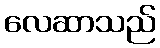
လေဆာသည်